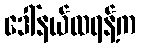
ဒေါ်နယ်ထရန့်က